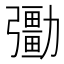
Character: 𠣀